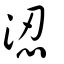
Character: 涊